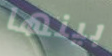
بينها